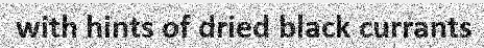
with hints of dried black currants